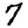
Digit: 7